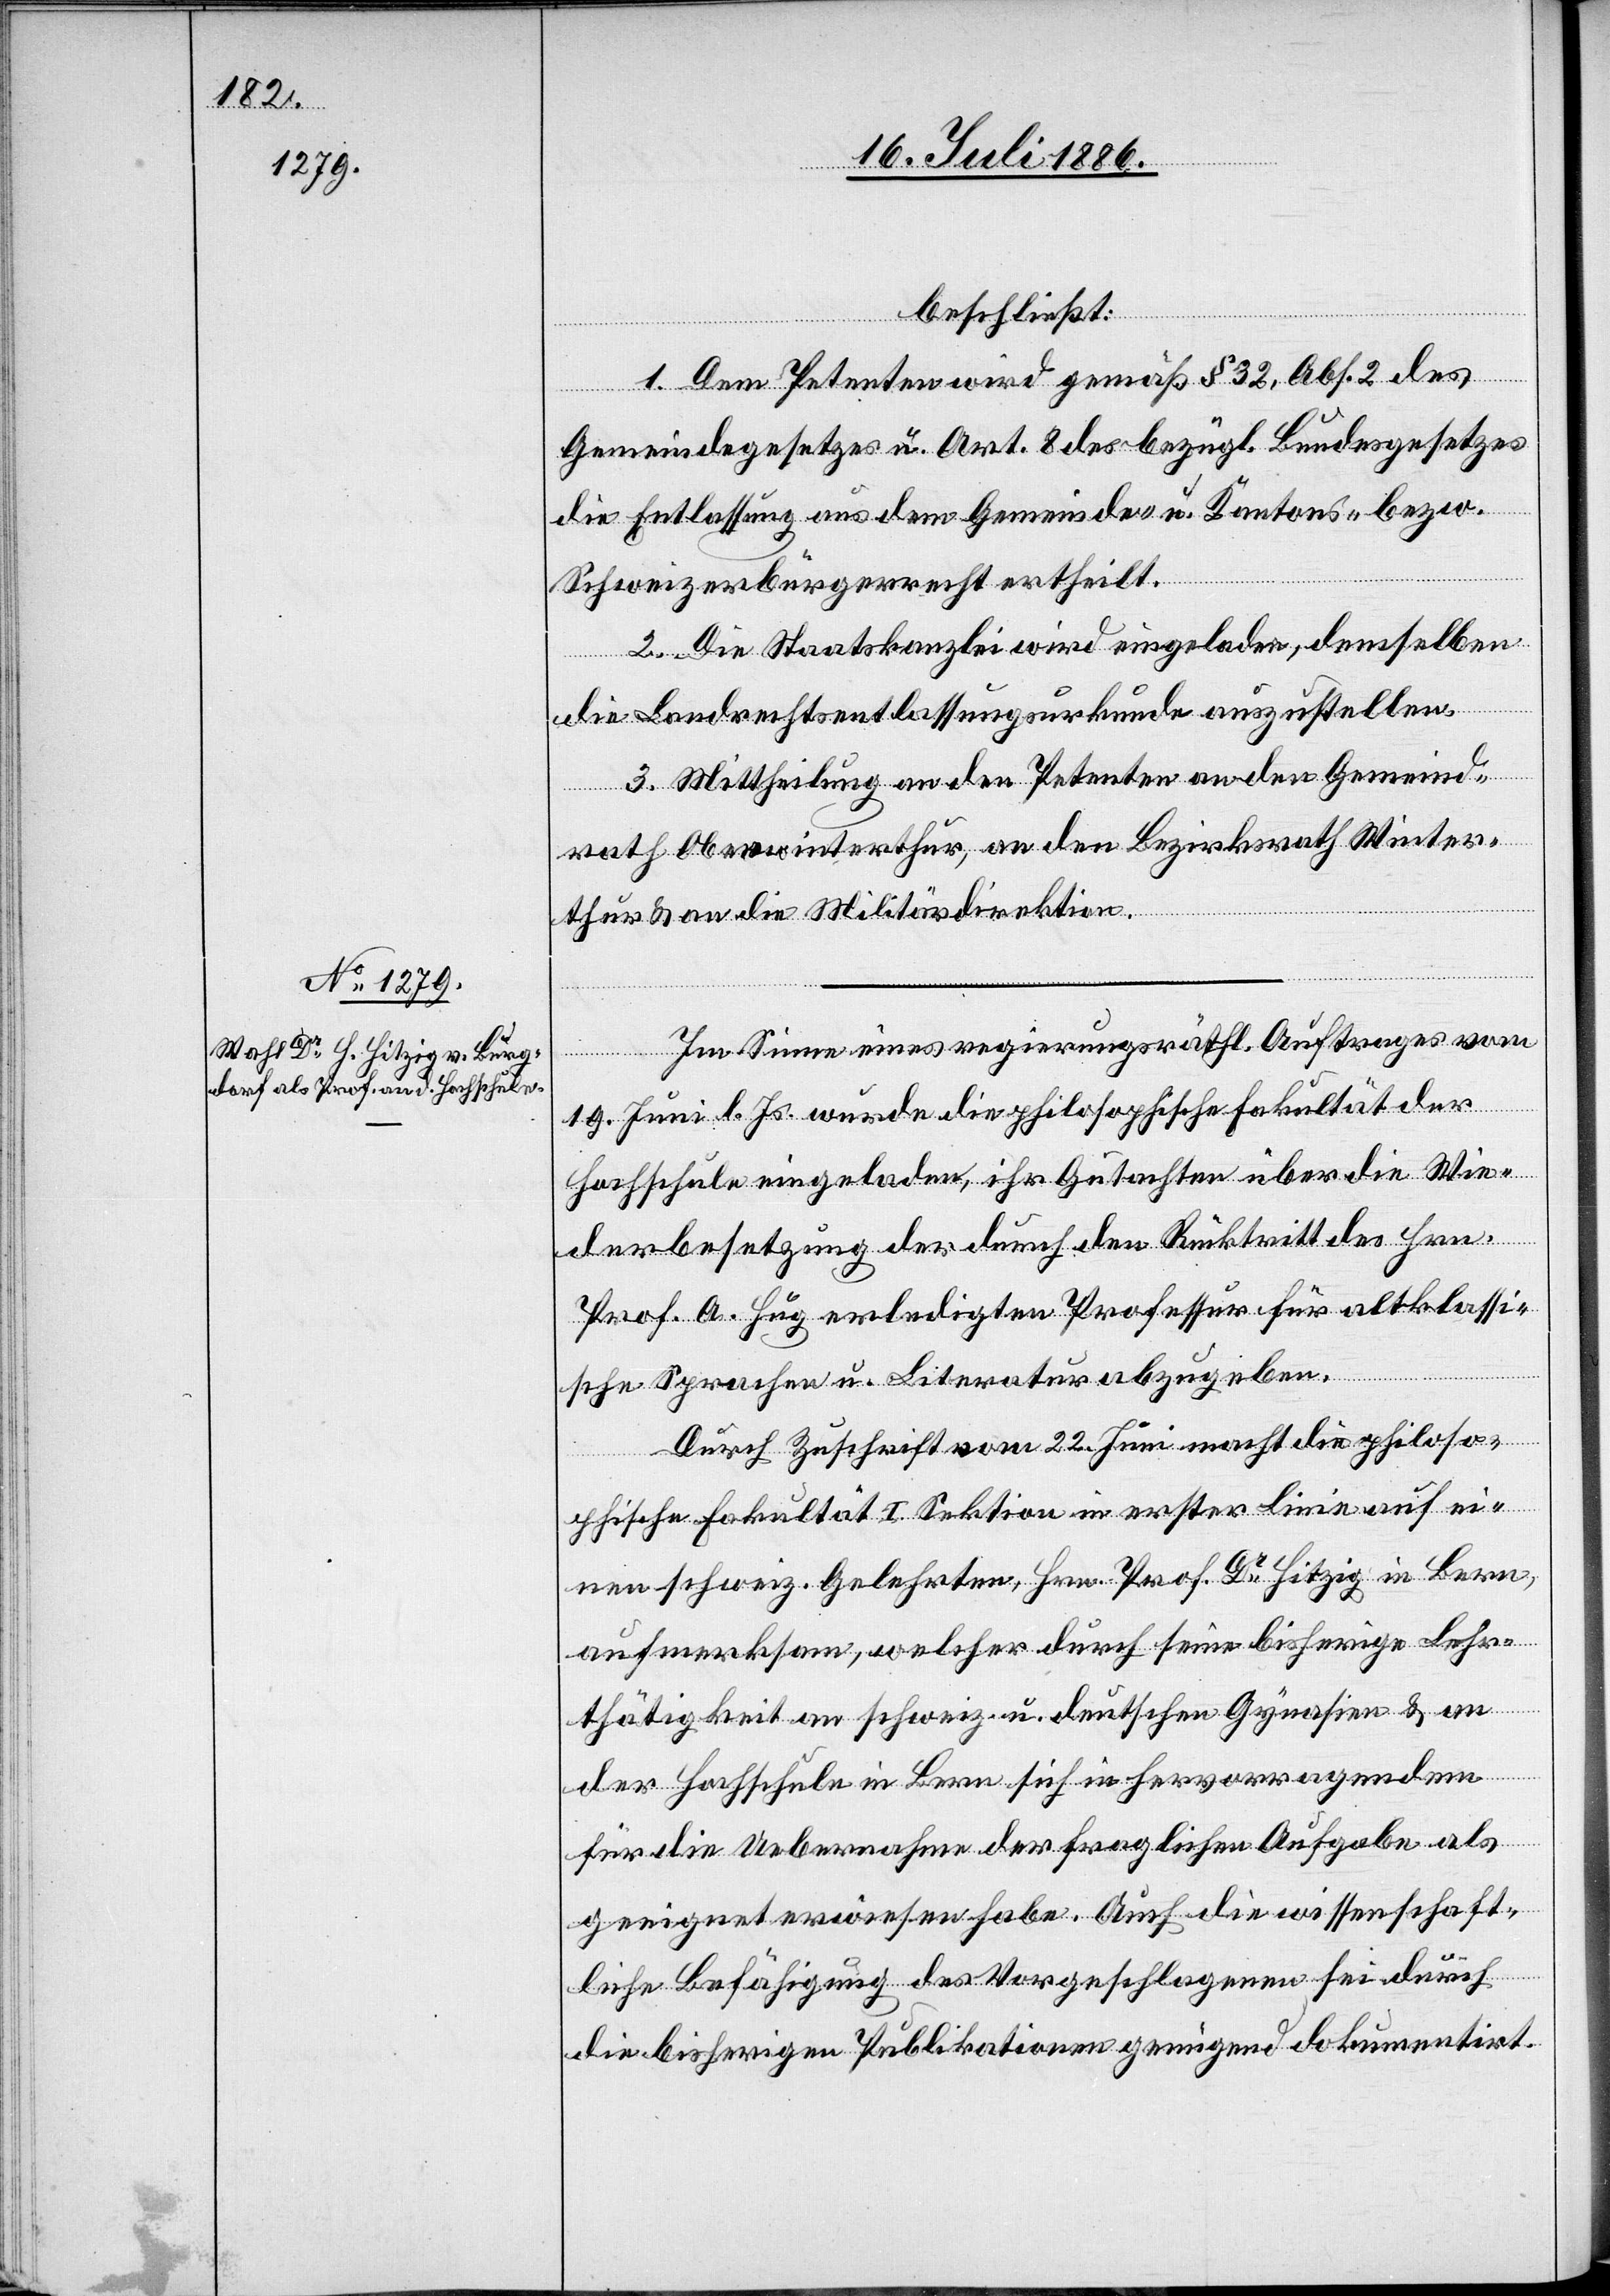
1. Dem Petenten wird gemäß § 32, Abs. 2 des
Gemeindegesetzes u. Art. 8 des bezügl. Bundesgesetzes
die Entlassung aus dem Gemeinde- u. Kantons- bezw.
Schweizerbürgerrecht ertheilt.
2. Die Staatskanzlei wird eingeladen, demselben
die Landrechtsentlassungsurkunde auszustellen.
3. Mittheilung an den Petenten an den Gemeind¬
an
rath Oberwinterthur, an den Bezirksrath Winter¬
thur & an die Militärdirektion.
Im Sinne eines regierungsräthl. Auftrages vom
19. Juni l. Js. wurde die philosophische Fakultät der
Hochschule eingeladen, ihr Gutachten über die Wie¬
derbesetzung der durch den Rücktritt des Hrn.
Prof. A. Hug erledigten Professur für altklassi¬
sche Sprachen u. Literatur abzugeben.
Durch Zuschrift vom 22. Juni macht die philoso¬
phische Fakultät I. Sektion in erster Linie auf ei¬
nen schweiz. Gelehrten, Hrn. Prof. Dr Hitzig in Bern,
aufmerksam, welcher durch seine bisherige Lehr¬
thätigkeit an schweiz. u. deutschen Gynasien [recte:
der Hochschule in Bern sich in Hervorragendem
für die Uebernahme der fraglichen Aufgabe als
geeignet erwiesen habe. Auch die wissenschaft¬
liche Befähigung des Vorgeschlagenen sei durch
die bisherigen Publikationen genügend dokumentirt.